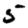
Digit: 5